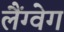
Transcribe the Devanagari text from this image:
लैंग्वेग